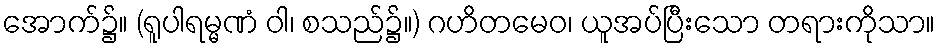
အောက်၌။ (ရူပါရမ္မဏံ ဝါ၊ စသည်၌။) ဂဟိတမေဝ၊ ယူအပ်ပြီးသော တရားကိုသာ။